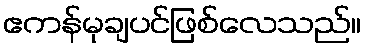
ဧကန်မုချပင်ဖြစ်လေသည်။